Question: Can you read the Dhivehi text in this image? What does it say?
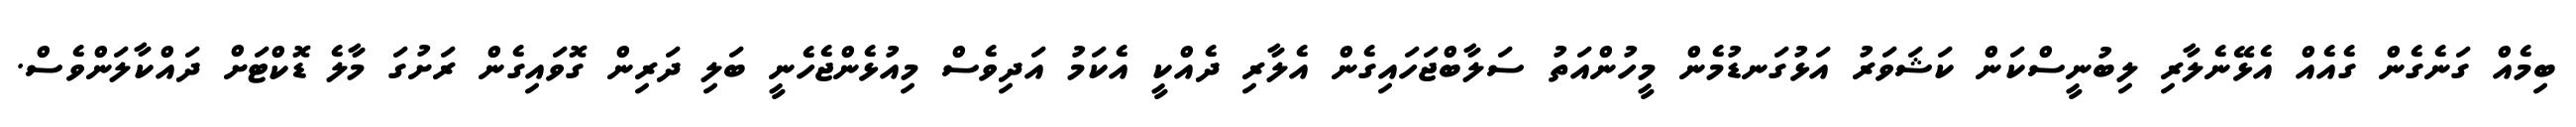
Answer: ބިމެއް ގަނެގެން ގެއެއް އެޅޭނެލާރި ލިބުނީސްކަން ކަޝަވަރު އަޅުގަނޑުމެން މީހުންއަތު ސަލާބްޖަހައިގެން އެލާރި ދެއްކީ އެކަމު އަދިވެސް މިއުޅެންޖެހެނީ ބަލި ދަރިން ގޮވައިގެން ރަށުގަ މާލެ ޑޮކްޓަށް ދައްކާލަންވެސް.